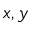
x , y